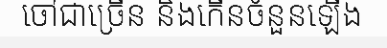
ចៅជាច្រើន និងកើនចំនួនឡើង